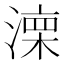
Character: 𣼆